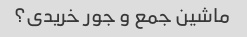
ماشین جمع و جور خریدی؟